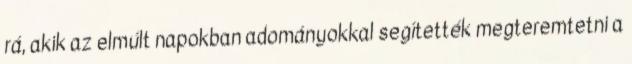
rá, akik az elmúlt napokban adományokkal segítették megteremtetni a